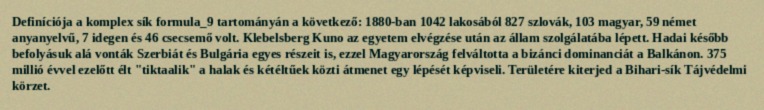
Definíciója a komplex sík formula_9 tartományán a következő: 1880-ban 1042 lakosából 827 szlovák, 103 magyar, 59 német anyanyelvű, 7 idegen és 46 csecsemő volt. Klebelsberg Kuno az egyetem elvégzése után az állam szolgálatába lépett. Hadai később befolyásuk alá vonták Szerbiát és Bulgária egyes részeit is, ezzel Magyarország felváltotta a bizánci dominanciát a Balkánon. 375 millió évvel ezelőtt élt "tiktaalik" a halak és kétéltűek közti átmenet egy lépését képviseli. Területére kiterjed a Bihari-sík Tájvédelmi körzet.